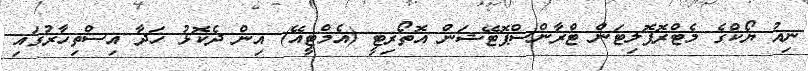
ނިއު ޔޯކްގެ މެޓްރޮޕޮލިޓަން ޓްރާންސްޕޮޓޭޝަން އޮތޯރިޓީ (އެމްޓީއޭ) އިން ދެކޮޅު ހަދާ އިސްތިހާރުގައި